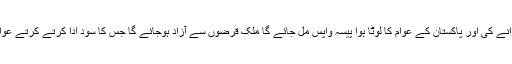
کورٹ اس مشین کو منگوالے تو بہت سی چابیاں ہاتھ آجائیں گی، قارون کے خزانے کی اور پاکستان کے عوام کا لوٹا ہوا پیسہ واپس مل جائے گا ملک قرضوں سے آزاد ہوجائے گا جس کا سود ادا کرتے کرتے عوام کی کمر ٹوٹ گئی ہے پٹرول مہنگا کرکے عوام سے پیسہ وصولا جا رہا ہے۔